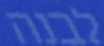
לבנה